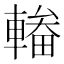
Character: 輽